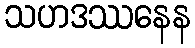
သဟဒဿနေန